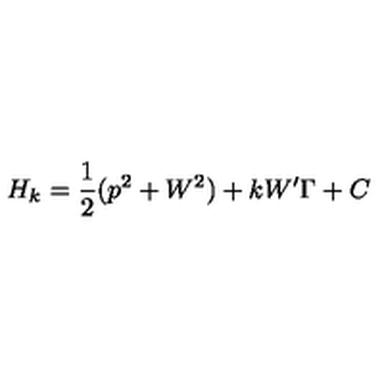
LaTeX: H _ { k } = \frac { 1 } { 2 } ( p ^ { 2 } + W ^ { 2 } ) + k W ^ { \prime } \Gamma + C